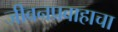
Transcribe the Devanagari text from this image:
जीवनप्रवाहाचा